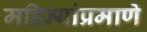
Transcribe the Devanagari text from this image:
महिन्यांप्रमाणे